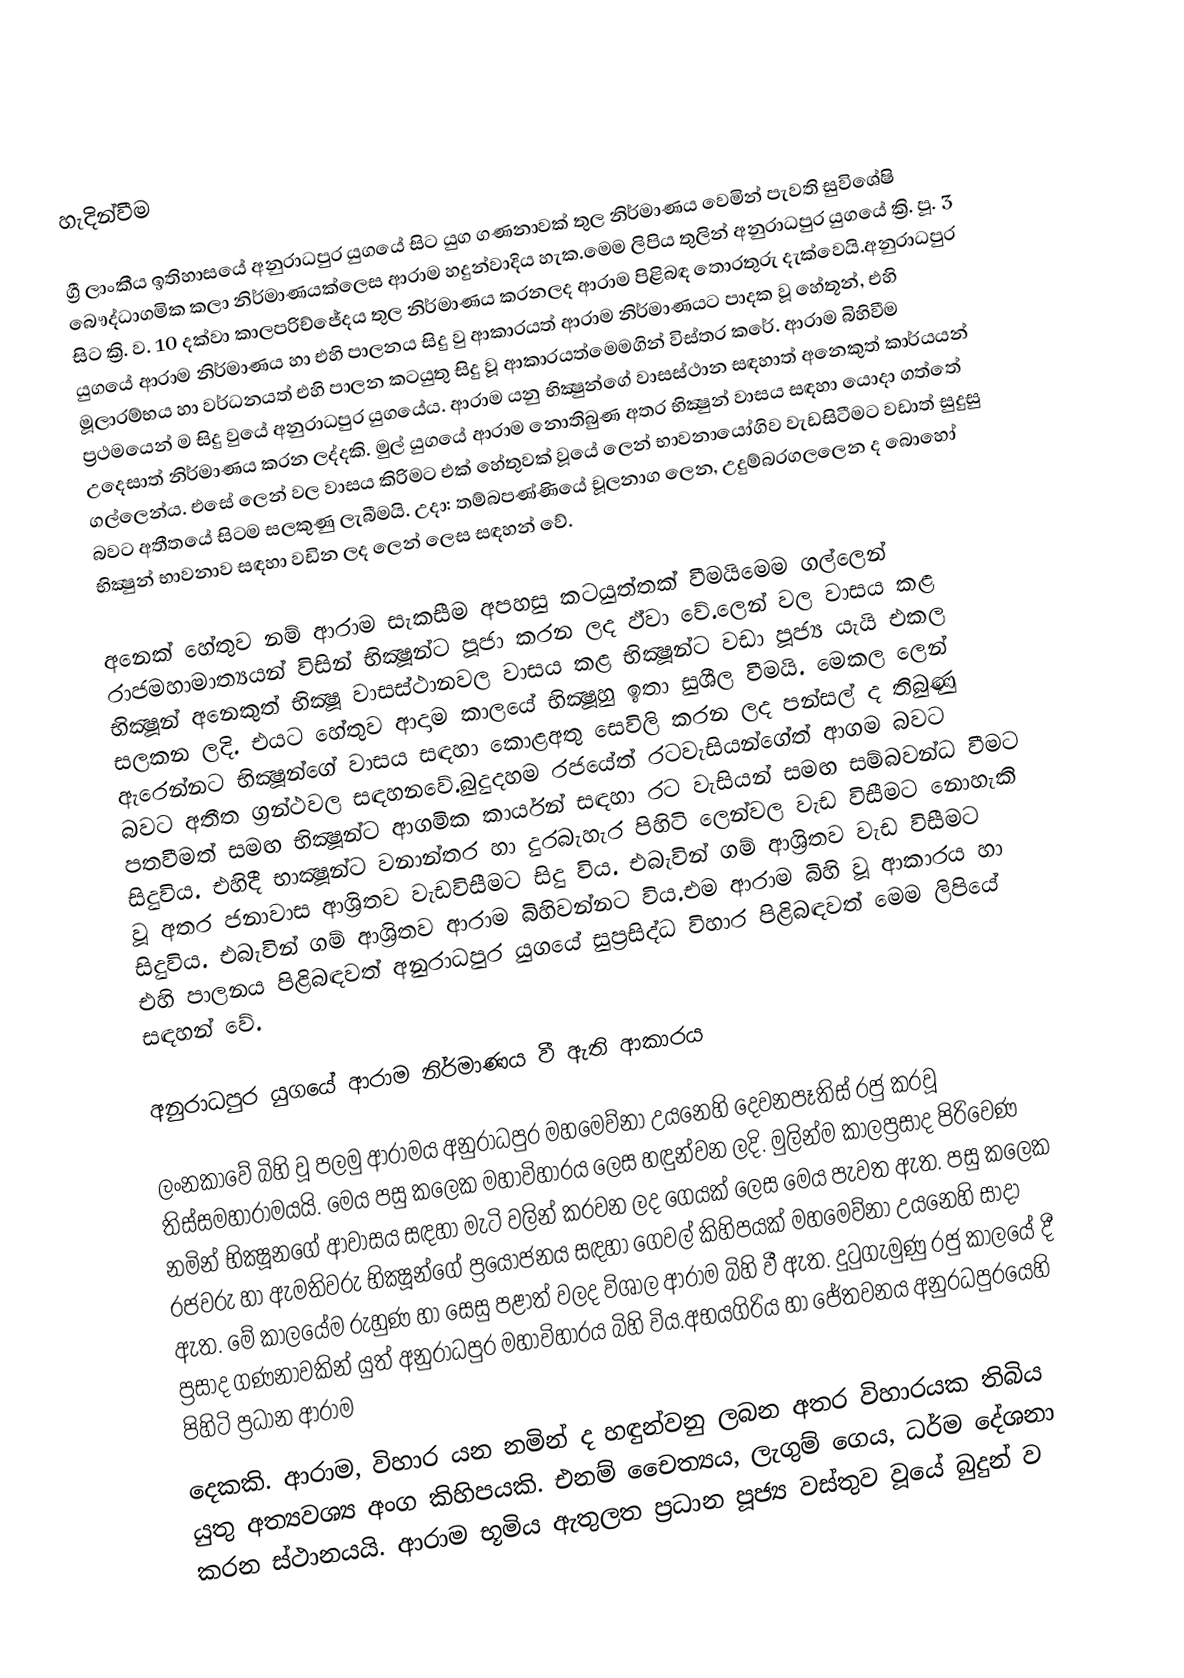

හැදින්වීම

ග්‍රී ලාංකීය ඉතිහාසයේ අනුරාධපුර යුගයේ සිට යුග ගණනාවක් තුල නිර්මාණය වෙමින් පැවති සුවිශේෂි බෞද්ධාගමික කලා නිර්මාණයක්ලෙස ආරාම හදුන්වාදිය හැක.මෙම ලිපිය තුලින් අනුරාධපුර යුගයේ ක්‍රි. පූ. 3 සිට ක්‍රි. ව. 10 දක්වා කාලපරිච්ජේදය තුල  නිර්මාණය කරනලද ආරාම පිළිබඳ තොරතුරු දැක්වෙයි.අනුරාධපුර යුගයේ ආරාම නිර්මාණය හා එහි පාලනය සිදු වු ආකාරයත් ආරාම නිර්මාණයට පාදක වූ හේතූන්, එහි මූලාරම්භය හා වර්ධනයත් එහි පාලන කටයුතු සිදු වූ ආකාරයත්මෙමගින් විස්තර කරේ. ආරාම බිහිවීම ප්‍රථමයෙන් ම සිදු වුයේ අනුරාධපුර යුගයේය. ආරාම යනු භික්‍ෂුන්ගේ වාසස්ථාන සඳහාත් අනෙකුත් කාර්යයන් උදෙසාත් නිර්මාණය කරන ලද්දකි. මුල් යුගයේ ආරාම නොතිබුණ අතර භික්‍ෂුන් වාසය සඳහා යොදා ගත්තේ ගල්ලෙන්ය. එසේ ලෙන් වල වාසය කිරිමට එක් හේතුවක් වූයේ ලෙන් භාවනායෝගිව වැඩසිටීමට වඩාත් සුදුසු බවට අතීතයේ සිටම සලකුණු ලැබීමයි. උදා: තම්බපණ්ණියේ චූලනාග ලෙන, උදුම්බරගලලෙන ද බොහෝ භික්‍ෂුන්  භාවනාව සඳහා වඩින ලද ලෙන් ලෙස සඳහන් වේ.

අනෙක් හේතුව නම් ආරාම සැකසීම අපහසු කටයුත්තක් වීමයිමෙම ගල්ලෙන් රාජමහාමාත්‍යයන් විසින් භික්‍ෂූන්ට පූජා කරන ලද ඵ්වා වේ.ලෙන් වල වාසය කළ භික්‍ෂූන් අනෙකුත් භික්‍ෂූ වාසස්ථානවල වාසය කළ භික්‍ෂූන්ට වඩා පූජ්‍ය යැයි එකල සලකන ලදි. එයට හේතුව ආදාම කාලයේ භික්‍ෂූහු ඉතා සුශීල වීමයි. මෙකල ලෙන් ඇරෙන්නට භික්‍ෂූන්ගේ වාසය සඳහා කොළඅතු සෙවිලි කරන ලද පන්සල් ද තිබුණු බවට අතීත ග්‍රන්ථවල සඳහනවේ.බුදුදහම රජයේත් රටවැසියන්ගේත් ආගම බවට පතවීමත් සමඟ භික්‍ෂූන්ට ආගමික කාර්යන් සඳහා රට වැසියන් සමඟ සම්බවන්ධ වීමට සිදුවිය. එහිදී භාක්‍ෂූන්ට වනාන්තර හා දුරබැහැර පිහිටි ලෙන්වල වැඩ විසීමට නොහැකි වූ අතර ජනාවාස ආශ්‍රිතව වැඩවිසීමට සිදු විය. එබැවින් ගම් ආශ්‍රිතව වැඩ විසීමට සිදුවිය. එබැවින් ගම් ආශ්‍රිතව ආරාම බිහිවන්නට විය.එම ආරාම බිහි වූ ආකාරය හා එහි පාලනය පිළිබඳවත් අනුරාධපුර යුගයේ සුප්‍රසිද්ධ විහාර පිළිබඳවත් මෙම ලිපියේ සඳහන් වේ.

අනුරාධපුර යුගයේ ආරාම නිර්මාණය වී ඇති ආකාරය

ලංනකාවේ බිහි වූ පලමු ආරාමය අනුරාධපුර මහමෙව්නා උයනෙහි දෙවනපෑතිස් රජු කරවූ තිස්සමහාරාමයයි. මෙය පසු කලෙක මහාවිහාරය ලෙස හඳුන්වන ලදි. මුලින්ම කාලප්‍රසාද පිරිවෙණ නමින් භික්‍ෂූනගේ ආවාසය සඳහා මැටි වලින් කරවන ලද ගෙයක් ලෙස මෙය පැවත ඇත. පසු කලෙක රජවරු හා ඇමතිවරු භික්‍ෂූන්ගේ ප්‍රයෝජනය සඳහා ගෙවල් කිහිපයක් මහමෙව්නා උයනෙහි සාදා ඇත. මේ කාලයේම රුහුණ හා සෙසු පළාත් වලද විශාල ආරාම බිහි වී ඇත. දුටුගැමුණු රජු කාලයේ දී ප්‍රසාද ගණනාවකින් යුත් අනුරාධපුර මහාවිහාරය බිහි විය.අභයගිරිය හා ජේතවනය අනුරධපුරයෙහි පිහිටි ප්‍රධාන ආරාම
දෙකකි. ආරාම, විහාර යන නමින් ද හඳුන්වනු ලබන අතර විහාරයක තිබිය යුතු අත්‍යවශ්‍ය අංග කිහිපයකි. එනම් චෛත්‍යය, ලැගුම් ගෙය, ධර්ම දේශනා කරන ස්ථානයයි. ආරාම භූමිය ඇතුලත ප්‍රධාන පූජ්‍ය වස්තුව වූයේ බුදුන් ව